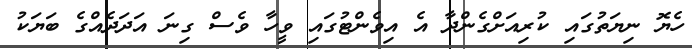
ހެޔޮ ނިޔަތުގައި ކުރިއަށްގެންދާ އެ އިވެންޓުގައި ވީހާ ވެސް ގިނަ އަދަދެއްގެ ބަަޔަކު